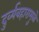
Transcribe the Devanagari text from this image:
दुर्व्यवहारामुळे